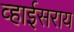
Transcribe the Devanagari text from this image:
व्हाईसराय